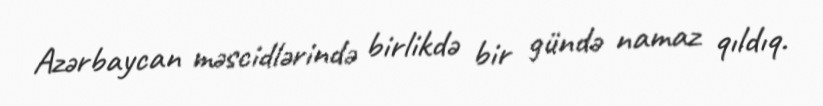
Azərbaycan məscidlərində birlikdə bir gündə namaz qıldıq.